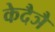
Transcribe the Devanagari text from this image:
केदैञै